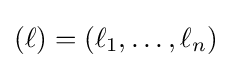
(\ell )=(\ell _{1},\ldots ,\ell _{n})